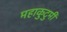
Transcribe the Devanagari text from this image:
महाकुटुमी